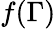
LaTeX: f(\Gamma)